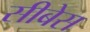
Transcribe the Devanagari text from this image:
सीबेस